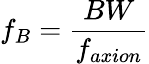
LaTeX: f_{B}=\frac{BW}{f_{axion}}